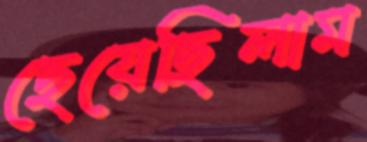
ছেয়েছিলাম